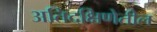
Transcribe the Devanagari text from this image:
अतिदक्षिणेतील